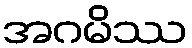
အဂမိဿ